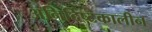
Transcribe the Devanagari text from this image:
अनिर्दिष्टकालीन